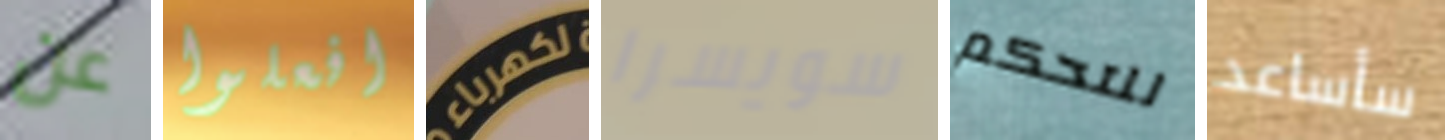
عن افعلوا لكهرباء سويسرا للتحكم سأساعد